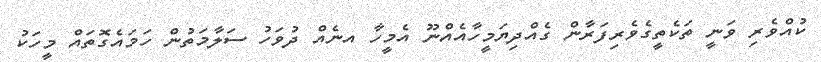
ކުއްވެރި ވަނީ ތަކެތީގެވެރިފަރާން ގެއްދިޔަމީހާއެއްނޫ އެމީހާ އނެއް ދުވަހު ސަލާމަތުން ހަމައެގޮތައް މީހަކު